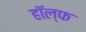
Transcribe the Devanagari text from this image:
हॉल्फ